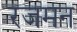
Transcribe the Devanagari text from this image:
रजमन